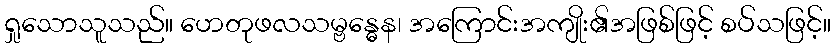
ရှုသောသူသည်။ ဟေတုဖလသမ္ဗန္ဓေန၊ အကြောင်းအကျိုး၏အဖြစ်ဖြင့် စပ်သဖြင့်။